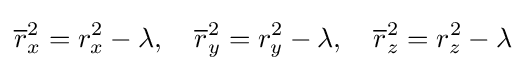
{\overline {r}}_{x}^{2}=r_{x}^{2}-\lambda ,\quad {\overline {r}}_{y}^{2}=r_{y}^{2}-\lambda ,\quad {\overline {r}}_{z}^{2}=r_{z}^{2}-\lambda